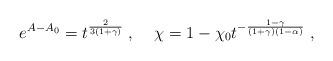
LaTeX: \begin{align*}e^{A - A_0} = t^{\frac{2}{3 (1 + \gamma)}} \; , \; \; \; \; \chi = 1 - \chi_0 t^{- \frac{1 - \gamma}{(1 + \gamma) (1 - \alpha)}} \; ,\end{align*}